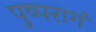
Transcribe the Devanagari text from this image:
पुष्परागं